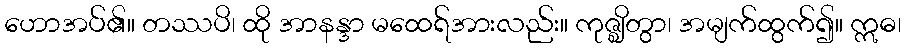
ဟောအပ်၏။ တဿပိ၊ ထို အာနန္ဒာ မထေရ်အားလည်း။ ကုဇ္ဈိတွာ၊ အမျက်ထွက်၍။ ဣဓ၊